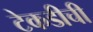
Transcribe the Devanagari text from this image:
टेकडीची